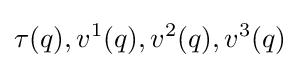
\tau (q),v^{1}(q),v^{2}(q),v^{3}(q)